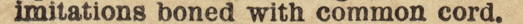
imitations boned with common cord.